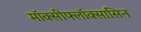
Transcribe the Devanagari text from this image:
मॉक्सीफ्लॉक्सासिन